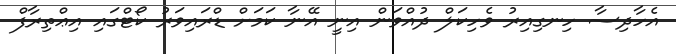
އެހާދިސާ ހިނގިއިރު ވެހިކަލް ދުއްވަން އިނީ އޭނާ ކަމަށް ޑްރައިވަރު ކޯޓްގައި އިޢްތިރާފް